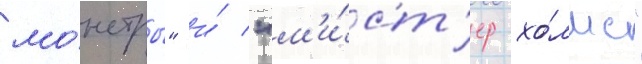
мо́нстры" и́ "м'и́ст'ер хо́лмс"